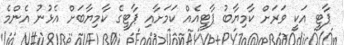
ޕާޓީ އަކީ ވަރަށް ކާމިޔާބު ޕާޓީއެއް ކަމަށާއި ޕާޓީގެ ކާމިޔާބަށް އެޅުނު އެންމެ